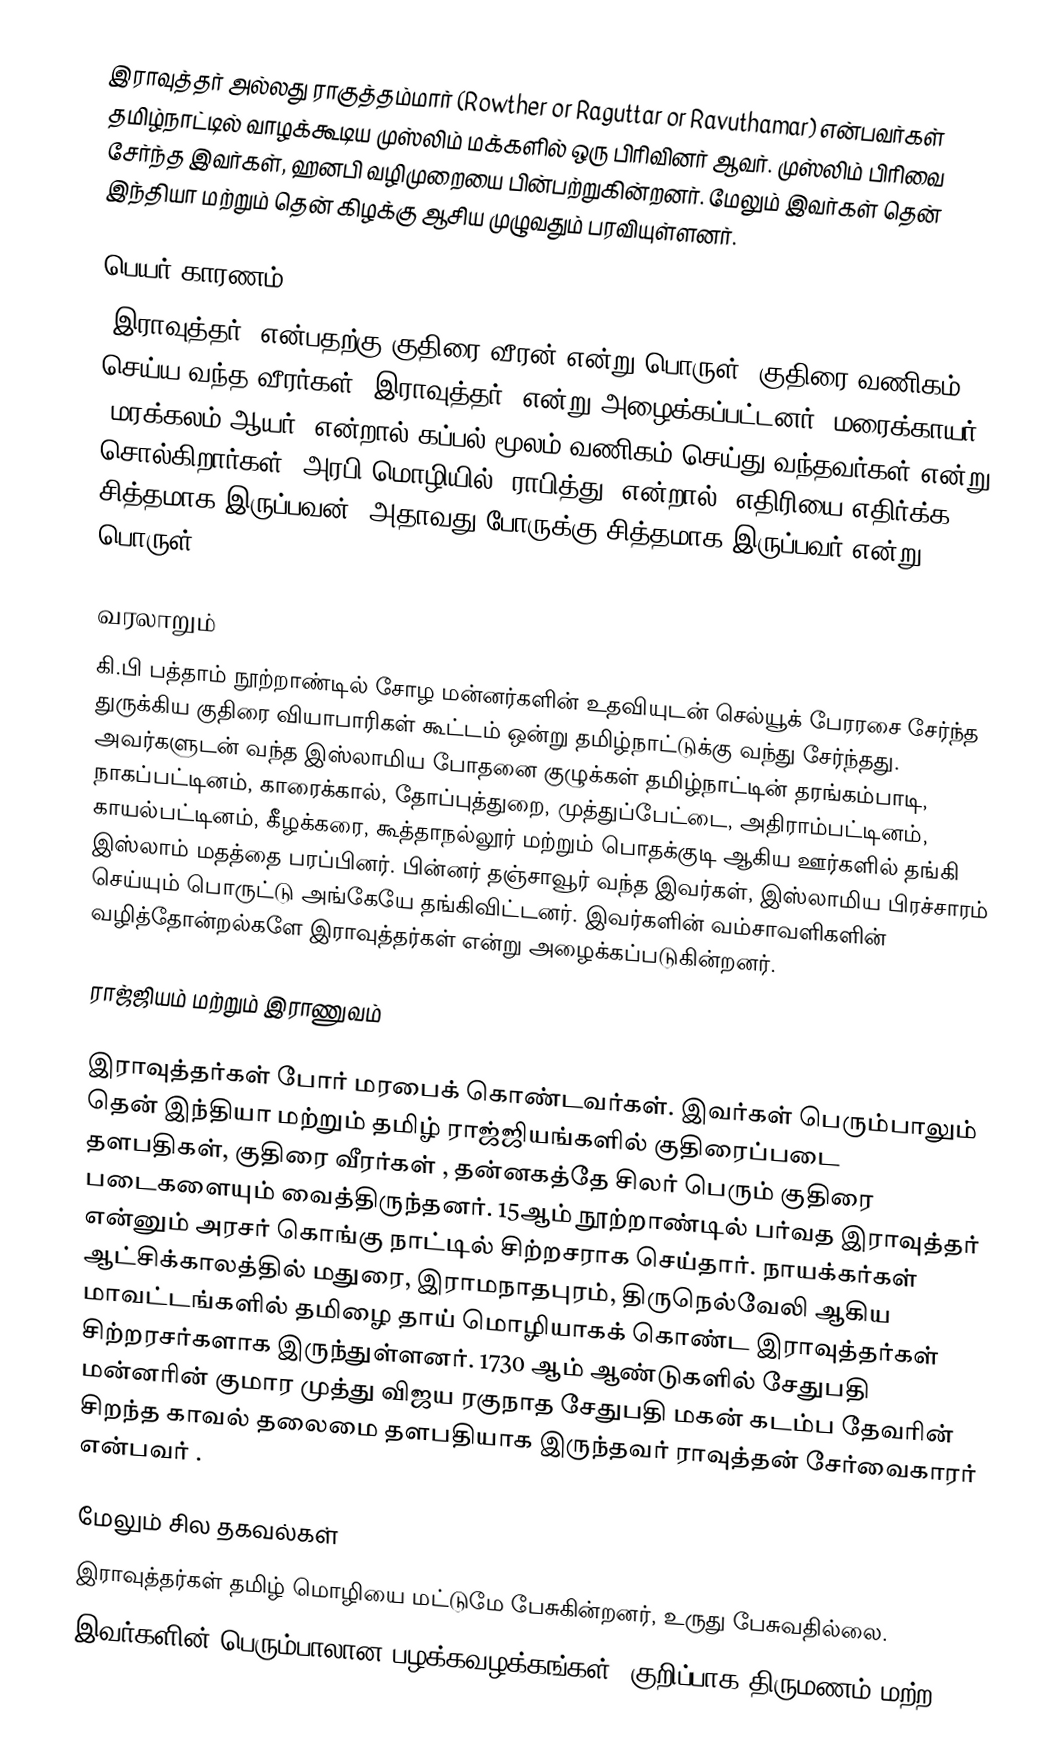
இராவுத்தர் அல்லது ராகுத்தம்மார் (Rowther or Raguttar or Ravuthamar) என்பவர்கள் தமிழ்நாட்டில் வாழக்கூடிய  முஸ்லிம் மக்களில் ஒரு பிரிவினர் ஆவர். முஸ்லிம் பிரிவை சேர்ந்த இவர்கள், ஹனபி வழிமுறையை பின்பற்றுகின்றனர். மேலும் இவர்கள் தென் இந்தியா மற்றும் தென் கிழக்கு ஆசிய முழுவதும் பரவியுள்ளனர்.

பெயர் காரணம்
'இராவுத்தர்' என்பதற்கு குதிரை வீரன் என்று பொருள். குதிரை வணிகம் செய்ய வந்த வீரர்கள் 'இராவுத்தர்' என்று அழைக்கப்பட்டனர். மரைக்காயர் (மரக்கலம்+ஆயர்) என்றால் கப்பல் மூலம் வணிகம் செய்து வந்தவர்கள் என்று சொல்கிறார்கள். அரபி மொழியில் 'ராபித்து' என்றால் 'எதிரியை எதிர்க்க சித்தமாக இருப்பவன்' அதாவது போருக்கு சித்தமாக இருப்பவர் என்று பொருள்.

வரலாறும்
கி.பி பத்தாம் நூற்றாண்டில் சோழ மன்னர்களின் உதவியுடன் செல்யூக் பேரரசை சேர்ந்த துருக்கிய குதிரை வியாபாரிகள் கூட்டம் ஒன்று தமிழ்நாட்டுக்கு வந்து சேர்ந்தது. அவர்களுடன் வந்த இஸ்லாமிய போதனை குழுக்கள் தமிழ்நாட்டின் தரங்கம்பாடி, நாகப்பட்டினம், காரைக்கால், தோப்புத்துறை, முத்துப்பேட்டை, அதிராம்பட்டினம், காயல்பட்டினம், கீழக்கரை, கூத்தாநல்லூர் மற்றும் பொதக்குடி ஆகிய ஊர்களில் தங்கி இஸ்லாம் மதத்தை பரப்பினர். பின்னர் தஞ்சாவூர் வந்த இவர்கள், இஸ்லாமிய பிரச்சாரம் செய்யும் பொருட்டு அங்கேயே தங்கிவிட்டனர். இவர்களின் வம்சாவளிகளின் வழித்தோன்றல்களே இராவுத்தர்கள் என்று அழைக்கப்படுகின்றனர்.

ராஜ்ஜியம் மற்றும் இராணுவம்

இராவுத்தர்கள் போர் மரபைக் கொண்டவர்கள். இவர்கள் பெரும்பாலும் தென் இந்தியா மற்றும் தமிழ் ராஜ்ஜியங்களில் குதிரைப்படை தளபதிகள், குதிரை வீரர்கள் , தன்னகத்தே சிலர் பெரும் குதிரை படைகளையும் வைத்திருந்தனர். 15ஆம் நூற்றாண்டில் பர்வத இராவுத்தர் என்னும் அரசர் கொங்கு நாட்டில் சிற்றசராக செய்தார். நாயக்கர்கள் ஆட்சிக்காலத்தில் மதுரை, இராமநாதபுரம், திருநெல்வேலி ஆகிய மாவட்டங்களில் தமிழை தாய் மொழியாகக் கொண்ட இராவுத்தர்கள் சிற்றரசர்களாக இருந்துள்ளனர். 1730 ஆம் ஆண்டுகளில் சேதுபதி மன்னரின் குமார முத்து விஜய ரகுநாத சேதுபதி மகன் கடம்ப தேவரின் சிறந்த காவல் தலைமை தளபதியாக இருந்தவர் ராவுத்தன் சேர்வைகாரர் என்பவர் .

மேலும் சில தகவல்கள்
 இராவுத்தர்கள் தமிழ் மொழியை மட்டுமே பேசுகின்றனர், உருது பேசுவதில்லை.
 இவர்களின் பெரும்பாலான பழக்கவழக்கங்கள், குறிப்பாக திருமணம் மற்ற